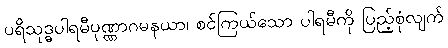
ပရိသုဒ္ဓပါရမီပုဏ္ဏာဂမနယာ၊ စင်ကြယ်သော ပါရမီကို ပြည့်စုံလျက်